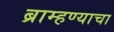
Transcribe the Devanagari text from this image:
ब्राम्हण्याचा